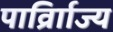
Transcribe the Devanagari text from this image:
पार्व्राािज्य